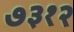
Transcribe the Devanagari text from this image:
७३१२